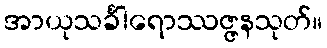
အာယုသင်္ခါရောဿဇ္ဇနသုတ်။